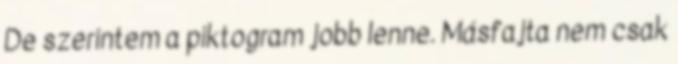
De szerintem a piktogram jobb lenne. Másfajta nem csak